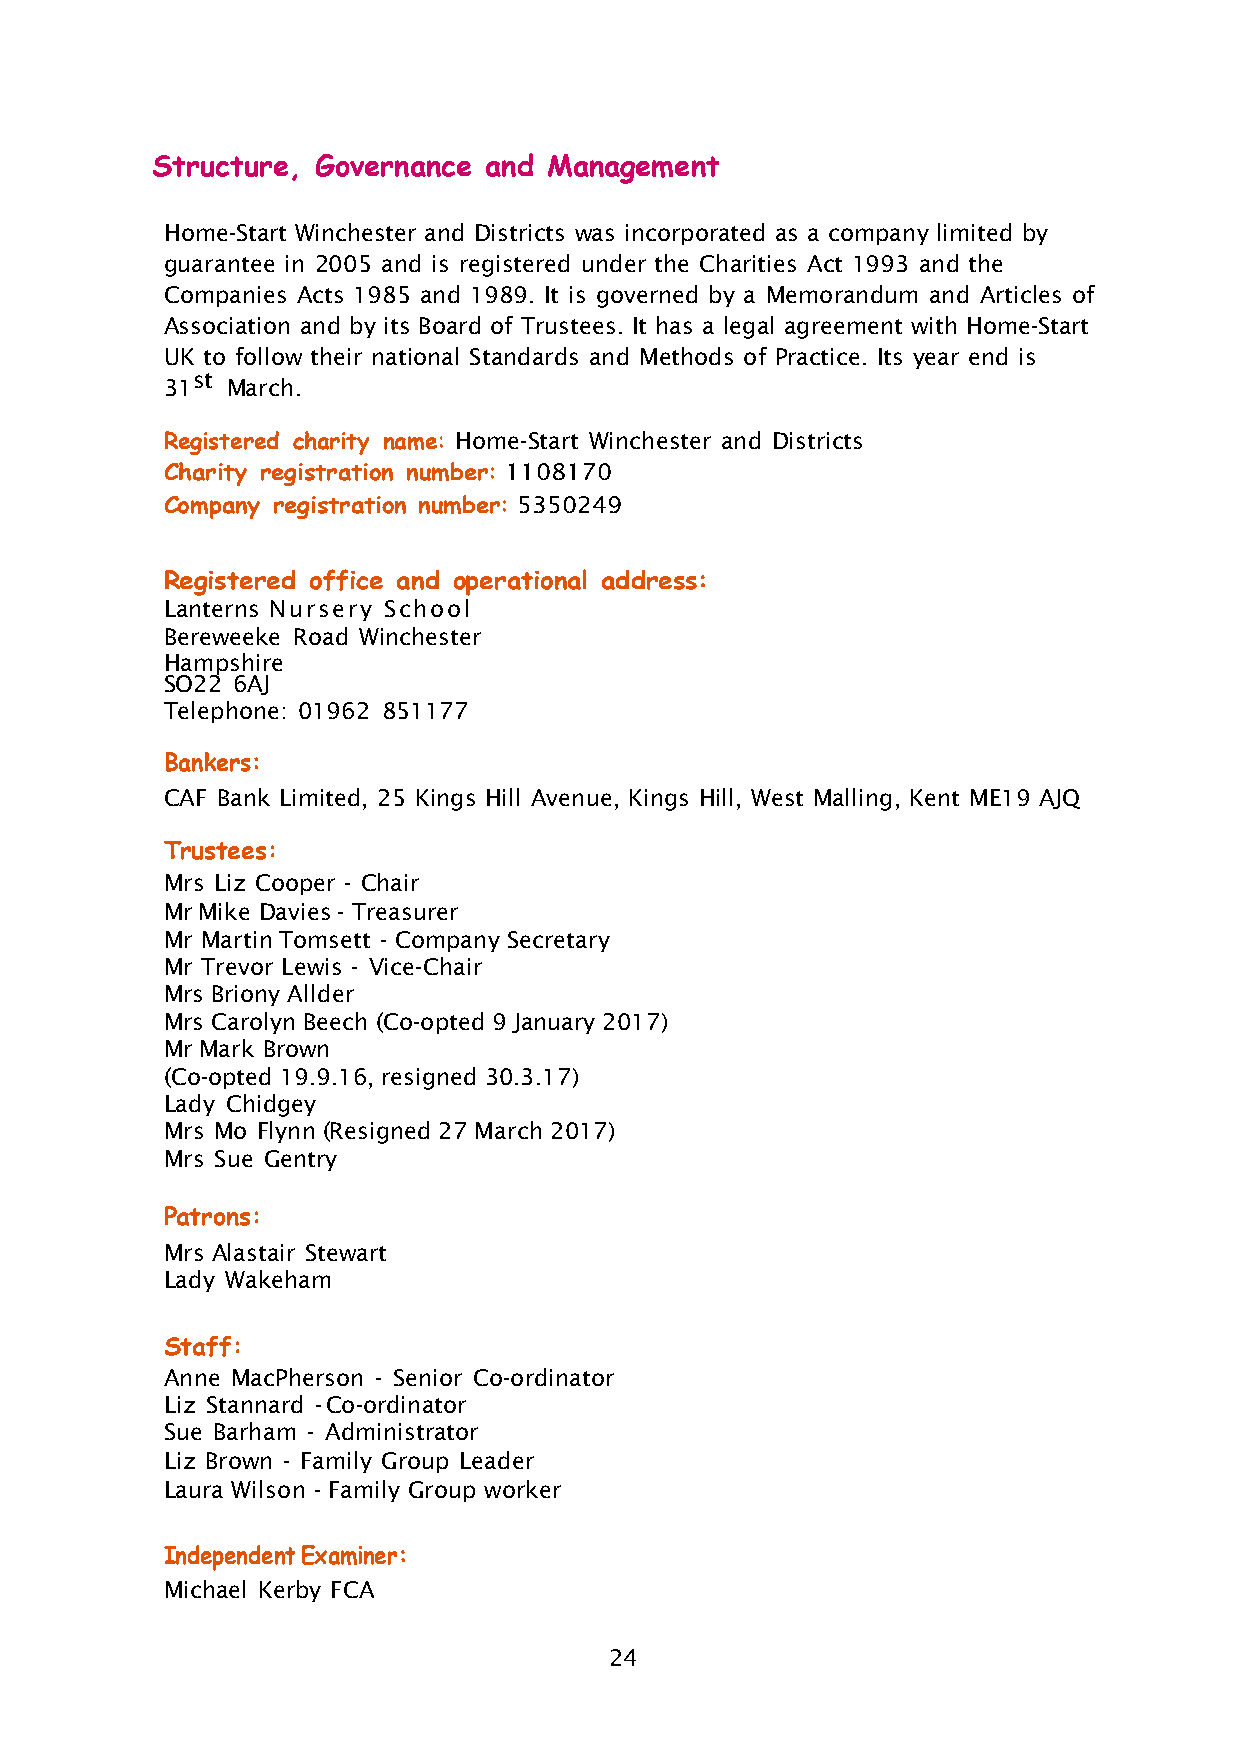
Structure, Governance and Management
 Home-Start Winchester and Districts was incorporated as a company limited by
 guarantee in 2005 and is registered under the Charities Act 1993 and the
 Companies Acts 1985 and 1989. It is governed by a Memorandum and Articles of
 Association and by its Board of Trustees. It has a legal agreement with Home-Start
 UK to follow their national Standards and Methods of Practice. Its year end is
 st
 31  March.
 Registered charity name: Home-Start Winchester and Districts
 Charity registration number: 1108170
 Company registration number: 5350249
 Registered office and operational address:
 Lanterns Nursery School
 Bereweeke Road Winchester
 Hampshire
 SO22 6AJ
 Telephone: 01962 851177
 Bankers:
 CAF Bank Limited, 25 Kings Hill Avenue, Kings Hill, West Malling, Kent ME19 AJQ
 Trustees:
 Mrs Liz Cooper - Chair
 Mr Mike Davies - Treasurer
 Mr Martin Tomsett - Company Secretary
 Mr Trevor Lewis - Vice-Chair
 Mrs Briony Allder
 Mrs Carolyn Beech (Co-opted 9 January 2017)
 Mr Mark Brown
 (Co-opted 19.9.16, resigned 30.3.17)
 Lady Chidgey
 Mrs Mo Flynn (Resigned 27 March 2017)
 Mrs Sue Gentry
 Patrons:
 Mrs Alastair Stewart
 Lady Wakeham
 Staff:
 Anne MacPherson - Senior Co-ordinator
 Liz Stannard -Co-ordinator
 Sue Barham - Administrator
 Liz Brown - Family Group Leader
 Laura Wilson - Family Group worker
 Independent Examiner:
 Michael Kerby FCA
 24